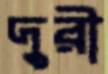
দুরী